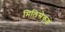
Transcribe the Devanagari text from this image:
मिलिसेकंड